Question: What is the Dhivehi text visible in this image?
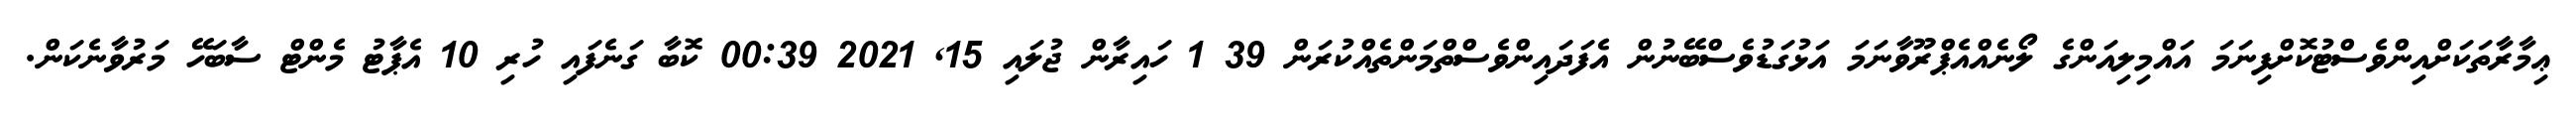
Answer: ޢިމާރާތަކަށްއިންވެސްޓުކޮށްފިނަމަ އައްމިލިއަންގެ ލޯނެއްއެޕްރޫވާނަމަ އަޅުގަޑުވެސްބޭނުން އެފަދައިންވެސްތްމަންތެއްކުރަން 39 1 ހައިރާން ޖުލައި 15, 2021 00:39 ކޮބާ ގަނެފައި ހުރި 10 އެޕާޓު މެންޓް ސާބަހޭ މަރުވާނެކަން.